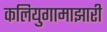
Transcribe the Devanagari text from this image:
कलियुगामाझारी